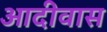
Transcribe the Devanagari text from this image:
आदीवास